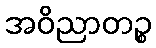
အဝိညာတဉ္စ